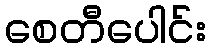
စေတီပေါင်း